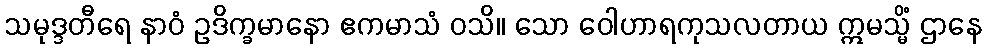
သမုဒ္ဒတီရေ နာဝံ ဥဒိက္ခမာနော ဧကမာသံ ဝသိ။ သော ဝေါဟာရကုသလတာယ ဣမသ္မိံ ဌာနေ